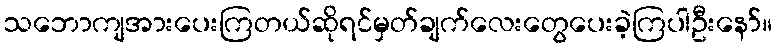
သဘောကျအားပေးကြတယ်ဆိုရင်မှတ်ချက်လေးတွေပေးခဲ့ကြပါဦးနော်။